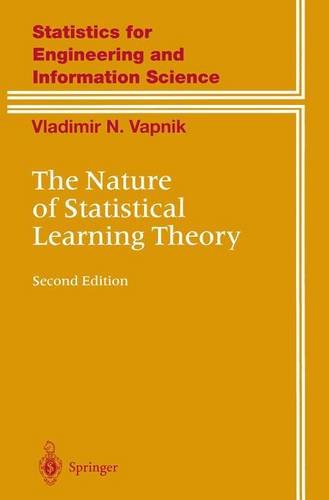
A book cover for The Nature of Statistical Learning Theory (Information Science and Statistics); Vladimir Vapnik; Computers & Technology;